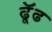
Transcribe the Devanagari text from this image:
ढूॅढ